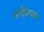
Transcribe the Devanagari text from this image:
अर्थप्रेषण